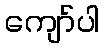
ကျော်ပါ